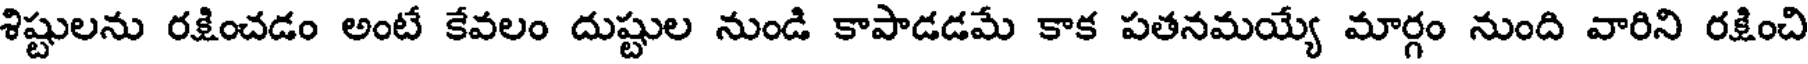
శిష్టులను రక్షించడం అంటే కేవలం దుష్టుల నుండి కాపాడడమే కాక పతనమయ్యే మార్గం నుంది వారిని రక్షించి